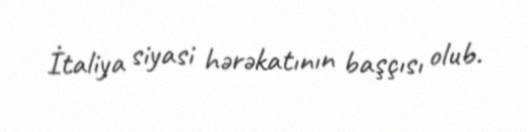
İtaliya siyasi hərəkatının başçısı olub.